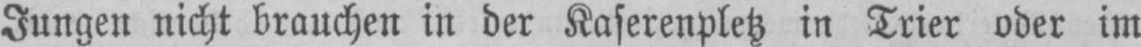
Jungen nicht brauchen in der Kaserenpletz in Trier oder im